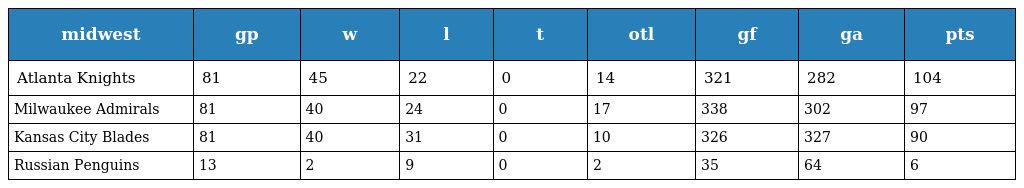
| midwest | gp | w | l | t | otl | gf | ga | pts |
 | --- | --- | --- | --- | --- | --- | --- | --- | --- |
 | Atlanta Knights | 81 | 45 | 22 | 0 | 14 | 321 | 282 | 104 |
 | Milwaukee Admirals | 81 | 40 | 24 | 0 | 17 | 338 | 302 | 97 |
 | Kansas City Blades | 81 | 40 | 31 | 0 | 10 | 326 | 327 | 90 |
 | Russian Penguins | 13 | 2 | 9 | 0 | 2 | 35 | 64 | 6 |